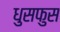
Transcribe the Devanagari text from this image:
धुसफुस